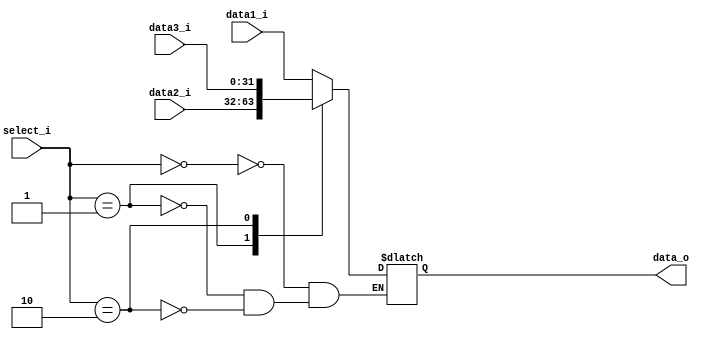
module MUX3
(
	data1_i,
	data2_i,
	data3_i,
	select_i,
	data_o
);

input  [31 : 0] data1_i;
input  [31 : 0] data2_i;
input  [31 : 0] data3_i;
input  [1 : 0]  select_i;
output [31 : 0] data_o;

reg [31 : 0] data_reg;

assign data_o = data_reg;

always @(data1_i or data2_i or data3_i or select_i)
begin
	case (select_i)
		2'b00: data_reg = data1_i;
		2'b01: data_reg = data2_i;
		2'b10: data_reg = data3_i;
	endcase
end

endmodule